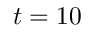
t = 1 0